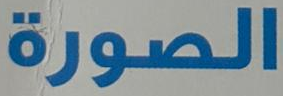
الصورة